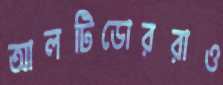
আলটিডোররাও